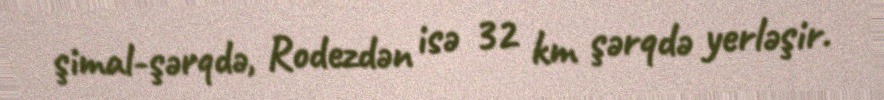
şimal-şərqdə, Rodezdən isə 32 km şərqdə yerləşir.